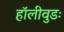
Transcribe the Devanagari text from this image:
हॉलीवुडः